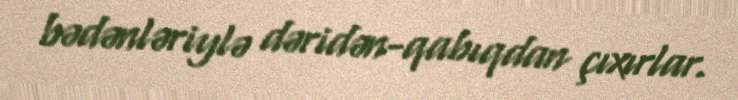
bədənləriylə dəridən-qabıqdan çıxırlar.